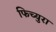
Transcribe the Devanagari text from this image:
फिच्युरा